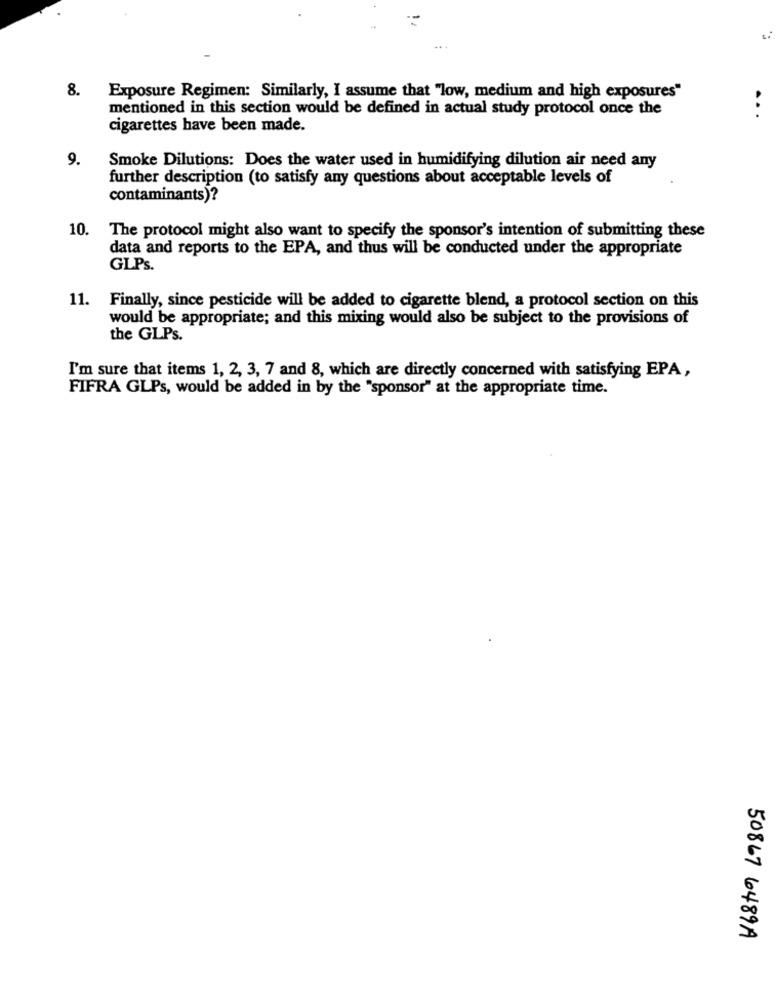
8.
Exposure Regimen: Similarly, I assume that "low, medium and high exposures"
mentioned in this section would be defined in actual study protocol once the
...
cigarettes have been made.
9.
Smoke Dilutions: Does the water used in humidifying dilution air need any
further description (to satisfy any questions about acceptable levels of
contaminants)?
10.
The protocol might also want to specify the sponsor's intention of submitting these
data and reports to the EPA, and thus will be conducted under the appropriate
GLPs.
11. Finally, since pesticide will be added to cigarette blend, a protocol section on this
would be appropriate; and this mixing would also be subject to the provisions of
the GLPs.
I'm sure that items 1, 2, 3, 7 and 8, which are directly concerned with satisfying EPA,
FIFRA GLPs, would be added in by the "sponsor" at the appropriate time.
50867 6489A